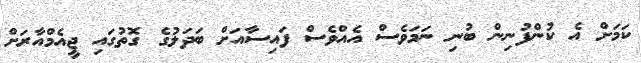
ކަމަށް އެ ކުންފުނިން ބުނި ނަމަވެސް އެއްވެސް ފައިސާއަށް ބަދަލުގެ ގޮތުގައި ޖީއެމްއާރަށް